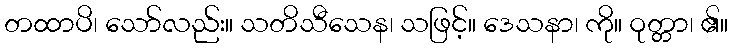
တထာပိ၊ သော်လည်း။ သတိသီသေန၊ သဖြင့်။ ဒေသနာ၊ ကို။ ဝုတ္တာ၊ ၏။